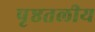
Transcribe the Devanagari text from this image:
पृष्ठतलीय